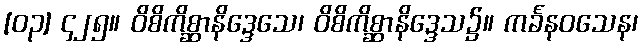
[၀၃] ၄၂၅။ ဝိစိကိစ္ဆာနိဒ္ဒေသေ၊ ဝိစိကိစ္ဆာနိဒ္ဒေသ၌။ ကင်္ခနဝသေန၊